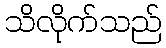
သိလိုက်သည်